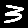
Digit: 3